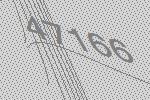
47166